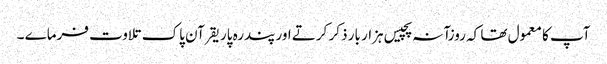
آپ کا معمول تھا کہ روزآنہ پچیس ہزار بار ذکر کرتے اور پندرہ پاریقرآن پاک تلاوت فرماے ۔